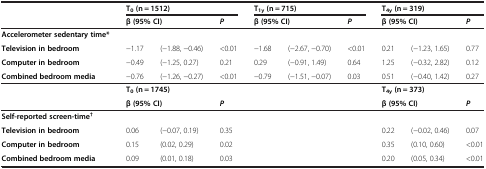
<table><thead><tr><td><b> </b></td><td colspan="3"><b>T<sub>0 </sub>(n = 1512)</b></td><td colspan="3"><b>T<sub>1y </sub>(n = 715)</b></td><td colspan="3"><b>T<sub>4y </sub>(n = 319)</b></td></tr><tr><td><b> </b></td><td colspan="2"><b>β (95% CI)</b></td><td><b><i>P</i></b></td><td colspan="2"><b>β (95% CI)</b></td><td><b><i>P</i></b></td><td colspan="2"><b>β (95% CI)</b></td><td><b><i>P</i></b></td></tr></thead><tbody><tr><td><b>Accelerometer sedentary time*</b></td><td> </td><td> </td><td> </td><td> </td><td> </td><td> </td><td> </td><td> </td><td> </td></tr><tr><td><b>Television in bedroom</b></td><td>−1.17</td><td>(−1.88, −0.46)</td><td>&lt;0.01</td><td>−1.68</td><td>(−2.67, −0.70)</td><td>&lt;0.01</td><td>0.21</td><td>(−1.23, 1.65)</td><td>0.77</td></tr><tr><td><b>Computer in bedroom</b></td><td>−0.49</td><td>(−1.25, 0.27)</td><td>0.21</td><td>0.29</td><td>(−0.91, 1.49)</td><td>0.64</td><td>1.25</td><td>(−0.32, 2.82)</td><td>0.12</td></tr><tr><td><b>Combined bedroom media</b></td><td>−0.76</td><td>(−1.26, −0.27)</td><td>&lt;0.01</td><td>−0.79</td><td>(−1.51, −0.07)</td><td>0.03</td><td>0.51</td><td>(−0.40, 1.42)</td><td>0.27</td></tr><tr><td> </td><td colspan="3"><b>T</b><sub><b>0 </b></sub><b>(n = 1745)</b></td><td colspan="3"> </td><td colspan="3"><b>T</b><sub><b>4y </b></sub><b>(n = 373)</b></td></tr><tr><td> </td><td colspan="2"><b>β (95% CI)</b></td><td><b><i>P</i></b></td><td colspan="2"> </td><td> </td><td colspan="2"><b>β (95% CI)</b></td><td><b><i>P</i></b></td></tr><tr><td><b>Self-reported screen-time</b><sup><b>†</b></sup></td><td> </td><td> </td><td> </td><td> </td><td> </td><td> </td><td> </td><td> </td><td> </td></tr><tr><td><b>Television in bedroom</b></td><td>0.06</td><td>(−0.07, 0.19)</td><td>0.35</td><td> </td><td> </td><td> </td><td>0.22</td><td>(−0.02, 0.46)</td><td>0.07</td></tr><tr><td><b>Computer in bedroom</b></td><td>0.15</td><td>(0.02, 0.29)</td><td>0.02</td><td> </td><td> </td><td> </td><td>0.35</td><td>(0.10, 0.60)</td><td>&lt;0.01</td></tr><tr><td><b>Combined bedroom media</b></td><td>0.09</td><td>(0.01, 0.18)</td><td>0.03</td><td> </td><td> </td><td> </td><td>0.20</td><td>(0.05, 0.34)</td><td>&lt;0.01</td></tr></tbody></table>